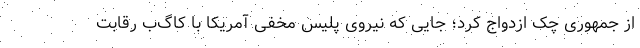
از جمهوری چک ازدواج کرد؛ جایی که نیروی پلیس مخفی آمریکا با کاگ‌ب رقابت